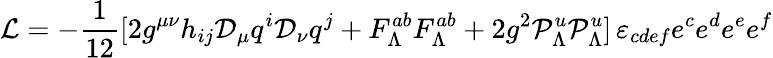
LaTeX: {\cal L}=-{\frac{1}{12}}[2g^{\mu\nu}h_{ij}{\cal D}_{\mu}q^{i}{\cal D}_{\nu}q^{j}+F_{\Lambda}^{ab}F_{\Lambda}^{ab}+2g^{2}{\cal P}_{\Lambda}^{u}{\cal P}_{\Lambda}^{u}]\, \varepsilon_{cdef}e^{c}e^{d}e^{e}e^{f}